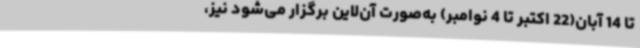
تا 14 آبان(22 اکتبر تا 4 نوامبر) به‌صورت آن‌لاین برگزار می‌شود نیز،